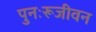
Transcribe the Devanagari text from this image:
पुनःरूजीवन